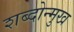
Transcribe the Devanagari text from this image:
शब्दोन्मुख